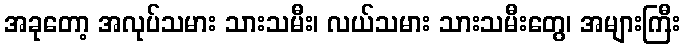
အခုတော့ အလုပ်သမား သားသမီး၊ လယ်သမား သားသမီးတွေ၊ အများကြီး